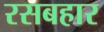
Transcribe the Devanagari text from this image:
रसबहार